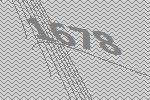
1678